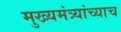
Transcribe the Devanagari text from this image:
मुख्यमंत्र्यांच्याच